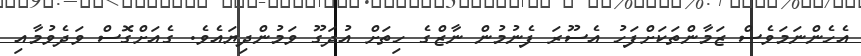
އެހެންނަމަވެސް ޒަމާންތަކަށްފަހު އެސޫރަ ފެނުމުން ނާޒްގެ ހިތަށް އުދަގޫ ވަމުންދިޔައެވެ. ގެއަށްގޮސް ވަދެވުމާއި